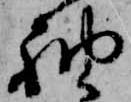
袖